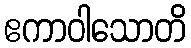
ဧကာဝါသောတိ